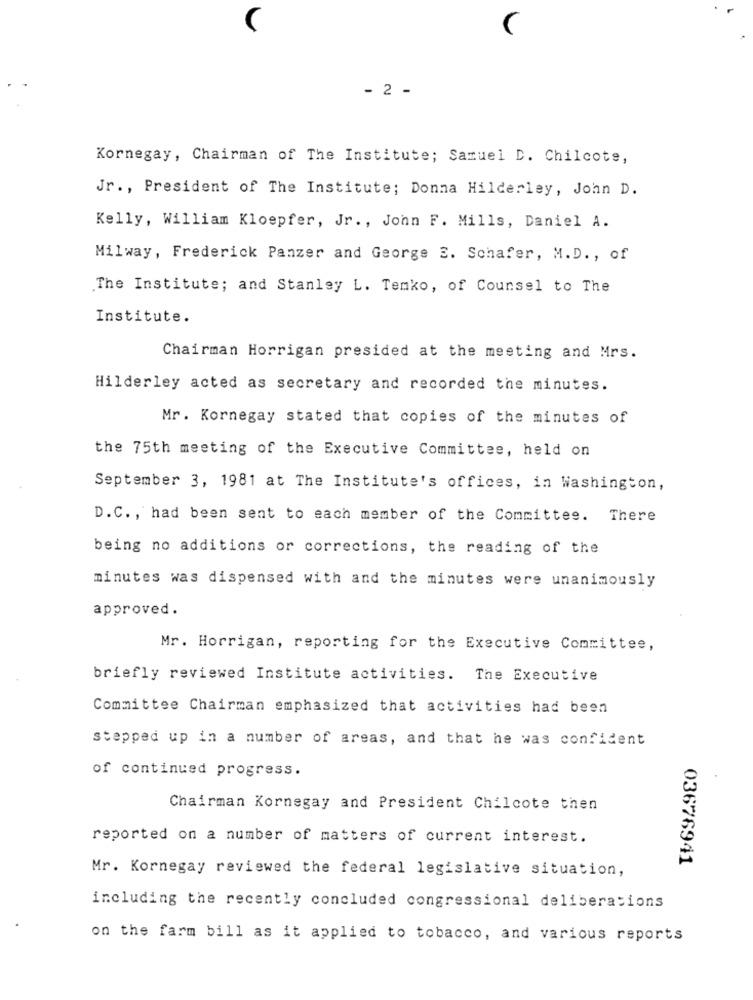
C
- 2 -
Kornegay, Chairman of The Institute; Samuel D. Chilcote,
Jr ., President of The Institute; Donna Hilderley, John D.
Kelly, William Kloepfer, Jr ., John F. Mills, Daniel A.
Milway, Frederick Panzer and George E. Schafer, M.D ., of
The Institute; and Stanley L. Temko, of Counsel to The
Institute.
Chairman Horrigan presided at the meeting and Mrs.
Hilderley acted as secretary and recorded the minutes.
Mr. Kornegay stated that copies of the minutes of
the 75th meeting of the Executive Committee, held on
September 3, 1981 at The Institute's offices, in Washington,
D.C ., had been sent to each member of the Committee. There
being no additions or corrections, the reading of the
minutes was dispensed with and the minutes were unanimously
approved.
Mr. Horrigan, reporting for the Executive Committee,
briefly reviewed Institute activities. The Executive
Committee Chairman emphasized that activities had been
stepped up in a number of areas, and that he was confident
of continued progress.
Chairman Kornegay and President Chilcote then
reported on a number of matters of current interest.
03676941
Mr. Kornegay reviewed the federal legislative situation,
including the recently concluded congressional deliberations
on the farm bill as it applied to tobacco, and various reports